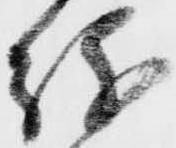
紛